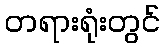
တရားရုံးတွင်